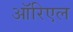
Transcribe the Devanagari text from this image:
ऑरिएल